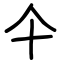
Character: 仐